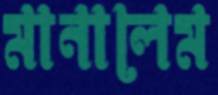
মানালেম